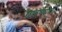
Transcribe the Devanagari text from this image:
छावण्यांचा